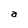
Character: a